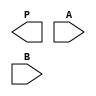


/*
 * Copyright (c) 2000 Philips Semiconductors Stefan.Thiede@philips.com
 *
 *    This source code is free software; you can redistribute it
 *  Public License for more details.
 *
 *    You should have received a copy of the GNU General Public License
 *    along with this program; if not, write to the Free Software
*    Foundation, Inc., 59 Temple Place - Suite 330, Boston, MA 02111-1307, USA
*/

`timescale  1ns /  10ps
`celldefine

module MULT_8x8_f (P, A, B);

   parameter
      NA = 8,
      NB = 8,
      NP = 16,
      PX = 16'bx;

   input  [NA-1:0] A;
   input  [NB-1:0] B;
   output [NP-1:0] P;

   reg [NA-1:0] A_sign;
   reg [NB-1:0] B_sign;
   reg [NP-1:0] P_sign;
   reg Sign;

   wire [NA-1:0] AI;
   wire [NB-1:0] BI;

   // SDF constraint: set of buffers to allow the MIPDs annotation
   buf a0 (AI[0], A[0]);
   buf a1 (AI[1], A[1]);
   buf a2 (AI[2], A[2]);
   buf a3 (AI[3], A[3]);
   buf a4 (AI[4], A[4]);
   buf a5 (AI[5], A[5]);
   buf a6 (AI[6], A[6]);
   buf a7 (AI[7], A[7]);

   buf b0 (BI[0], B[0]);
   buf b1 (BI[1], B[1]);
   buf b2 (BI[2], B[2]);
   buf b3 (BI[3], B[3]);
   buf b4 (BI[4], B[4]);
   buf b5 (BI[5], B[5]);
   buf b6 (BI[6], B[6]);
   buf b7 (BI[7], B[7]);

   reg change_in;
   wire change_out;

   initial change_in = 0;

   buf #(0.01) bc (change_out, change_in);

   wire [NP-1:0] PI;

   // SDF constraint: P_sign cannot be used to drive directly buffers
   assign PI = P_sign;

   // SDF constraint: set of buffers to allow the output acceleration
   buf p0 (P[0], PI[0]);
   buf p1 (P[1], PI[1]);
   buf p2 (P[2], PI[2]);
   buf p3 (P[3], PI[3]);
   buf p4 (P[4], PI[4]);
   buf p5 (P[5], PI[5]);
   buf p6 (P[6], PI[6]);
   buf p7 (P[7], PI[7]);
   buf p8 (P[8], PI[8]);
   buf p9 (P[9], PI[9]);
   buf p10 (P[10], PI[10]);
   buf p11 (P[11], PI[11]);
   buf p12 (P[12], PI[12]);
   buf p13 (P[13], PI[13]);
   buf p14 (P[14], PI[14]);
   buf p15 (P[15], PI[15]);

   specify
      specparam
         th = 0.940,
         td = 4.930;

      // Pin-to-pin delay
      (A, B *> P) = (td, td, th, 0, th, 0);
   endspecify


endmodule
`endcelldefine